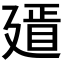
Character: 𢌫